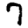
Digit: 7